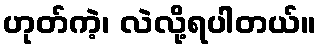
ဟုတ်ကဲ့၊ လဲလို့ရပါတယ်။